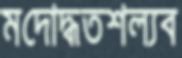
মদোদ্ধতশল্যব